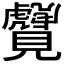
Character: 𬢆